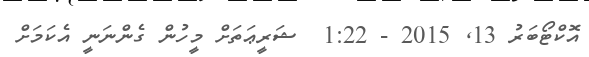
އޮކްޓޯބަރު 13